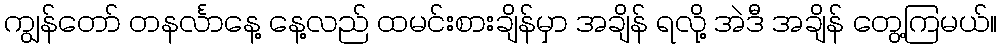
ကျွန်တော် တနင်္လာနေ့ နေ့လည် ထမင်းစားချိန်မှာ အချိန် ရလို့ အဲဒီ အချိန် တွေ့ကြမယ်။